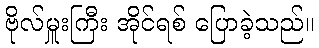
ဗိုလ်မှူးကြီး အိုင်ရစ် ပြောခဲ့သည်။